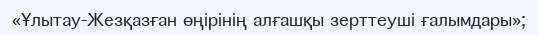
«Ұлытау-Жезқазған өңірінің алғашқы зерттеуші ғалымдары»;